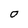
Character: 0